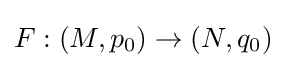
F:(M,p_{0})\to (N,q_{0})